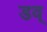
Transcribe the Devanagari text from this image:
डव्